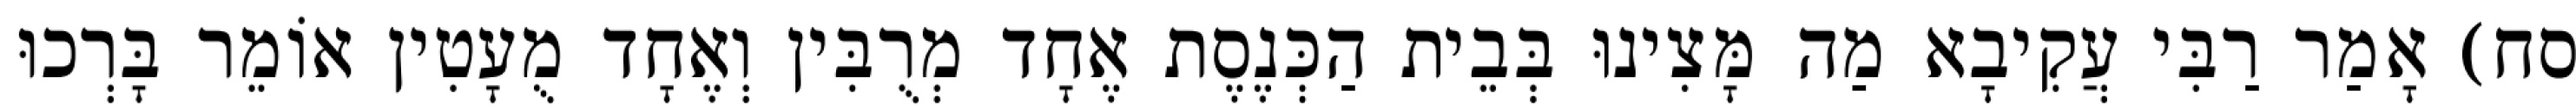
סח) אָמַר רַבִּי עֲקִיבָא מַה מָּצִינוּ בְּבֵית הַכְּנֶסֶת אֶחָד מְרֻבִּין וְאֶחָד מֻעָטִין אוֹמֵר בָּרְכוּ